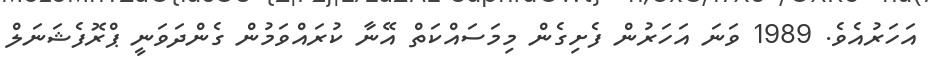
އަހަރުއެވެ. 1989 ވަނަ އަހަރުން ފެށިގެން މިމަސައްކަތް އޭނާ ކުރައްވަމުން ގެންދަވަނީ ޕްރޮފެޝަނަލް